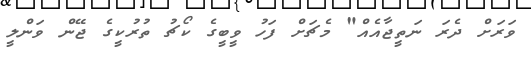
ވަރަށް ދެރަ ނަތީޖާއެއް" މެޗަށް ފަހު ވީބީގެ ކޯޗު ތުރުކީގެ ޖޭން ވަންލީ